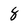
Character: 8